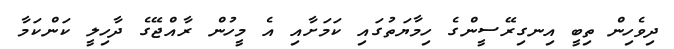
ދިވެހިން ތިބީ އިނގިރޭސީންގެ ހިމާޔަތުގައި ކަމަށާއި އެ މީހުން ރާއްޖޭގެ ދާހިލީ ކަންކަމާ